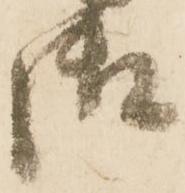
御